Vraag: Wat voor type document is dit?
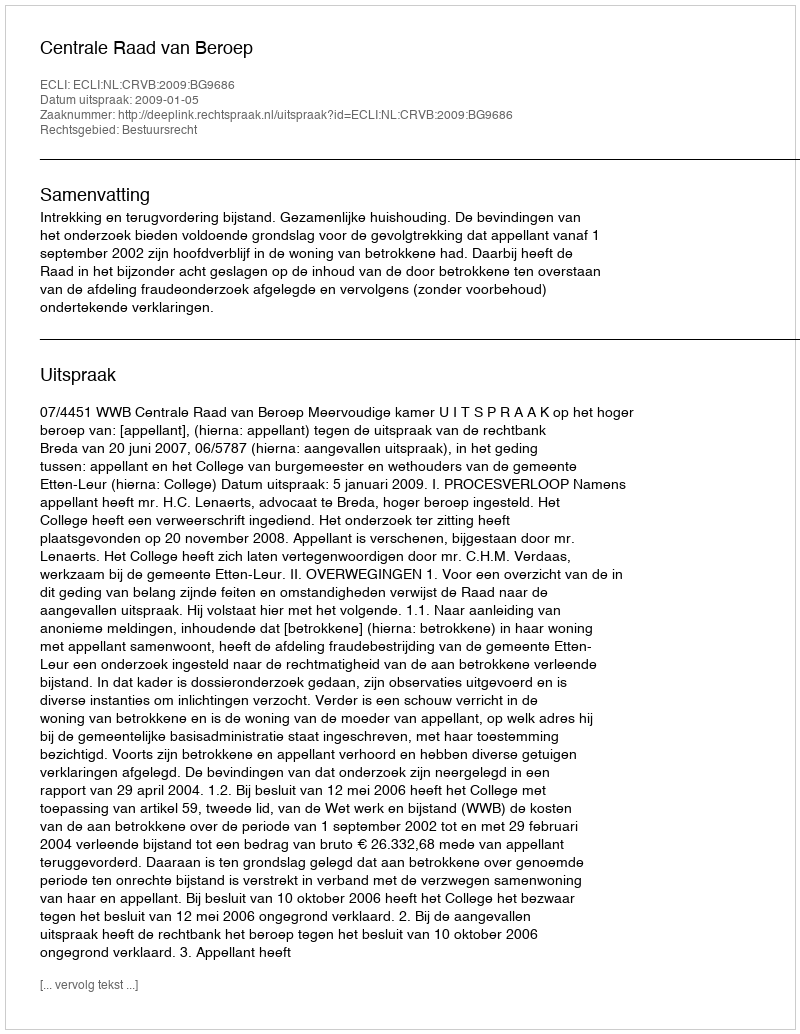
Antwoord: Uitspraak